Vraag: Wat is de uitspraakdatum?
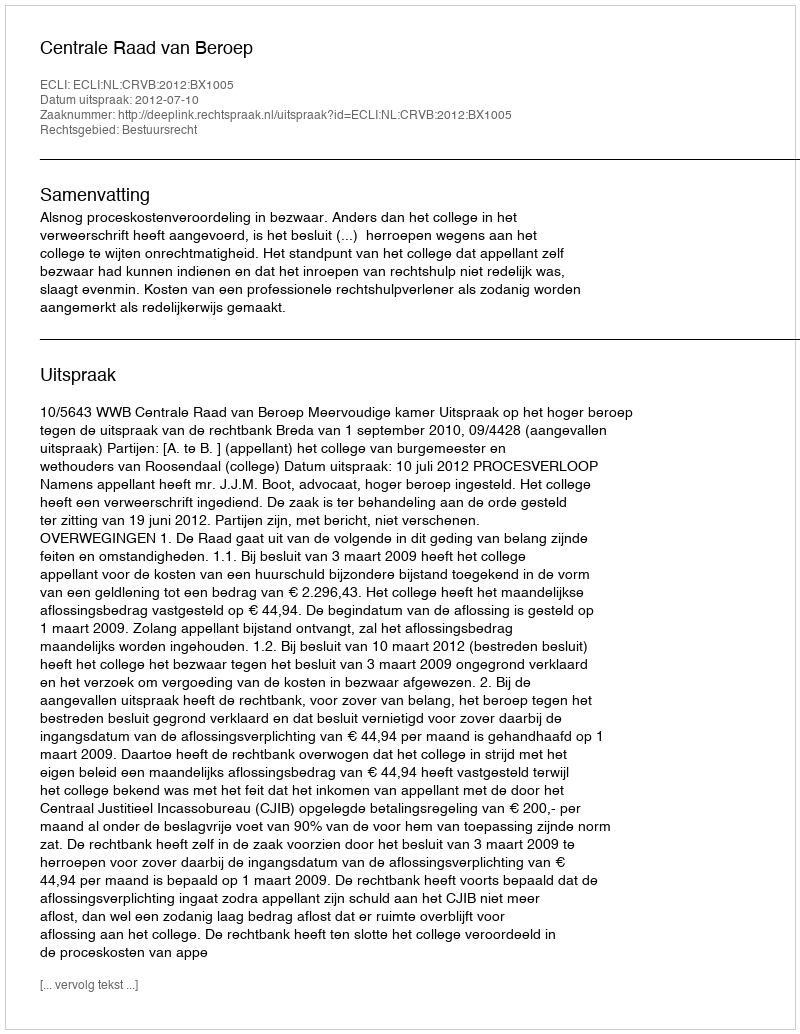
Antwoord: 2012-07-10